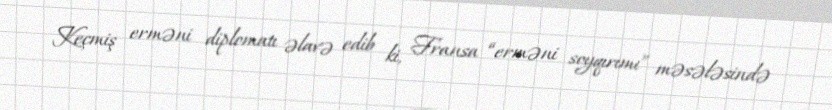
Keçmiş erməni diplomatı əlavə edib ki, Fransa “erməni soyqırımı” məsələsində